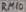
Text: RM10